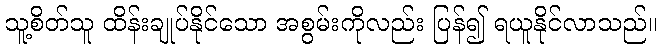
သူ့စိတ်သူ ထိန်းချုပ်နိုင်သော အစွမ်းကိုလည်း ပြန်၍ ရယူနိုင်လာသည်။